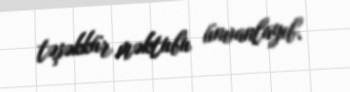
təşəkkür məktubu ünvanlayıb.